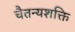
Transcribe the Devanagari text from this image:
चैतन्यशक्ति